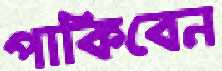
পাকিবেন